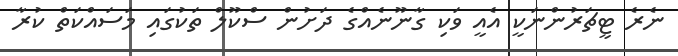
ނެރެ ޓީޗަރުންނަކީ އެއީ ވަކި ގާނޫނެއްގެ ދަށުން ސްކޫލް ތަކުގައި މަސައްކަތް ކުރާ